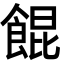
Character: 餛